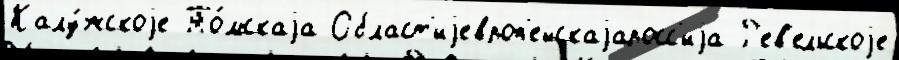
Калу́жскоjе То́мскаjа Област'иjевроп'ейскаjаросс'иjа Р'ев'ельскоjе